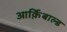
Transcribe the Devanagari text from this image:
आर्क़िबाल्ड